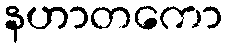
နဟာတကော